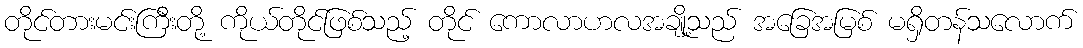
တိုင်တားမင်းကြီးတို့ ကိုယ်တိုင်ဖြစ်သည့် တိုင် ကောလာဟလအချို့သည် အခြေအမြစ် မရှိတန်သလောက်